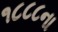
૧૮૮૮ના